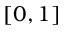
\left[ 0 , 1 \right]